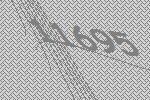
11695